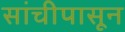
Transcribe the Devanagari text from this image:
सांचीपासून